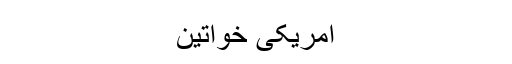
امریکی خواتین